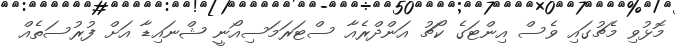
މޮޅުވި މެޗުގައި ވެސް އިންޓަގެ ކޯޗު އަންދްރެއާ ސްޓަރަމަސިއޯނީ ޝްނައިޑާ އަށް ފުރުސަތެއް